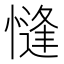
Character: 㦀